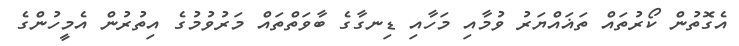
އެގޮތުން ކޯރުތައް ތަޣައްޔަރު ވުމާއި މަހާއި ޑިނގާގެ ބާވަތްތައް މަރުވުމުގެ އިތުރުން އެމީހުންގެ